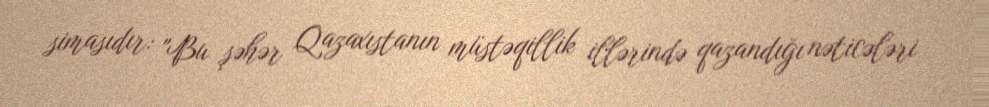
simasıdır: "Bu şəhər Qazaxıstanın müstəqillik illərində qazandığı nəticələri